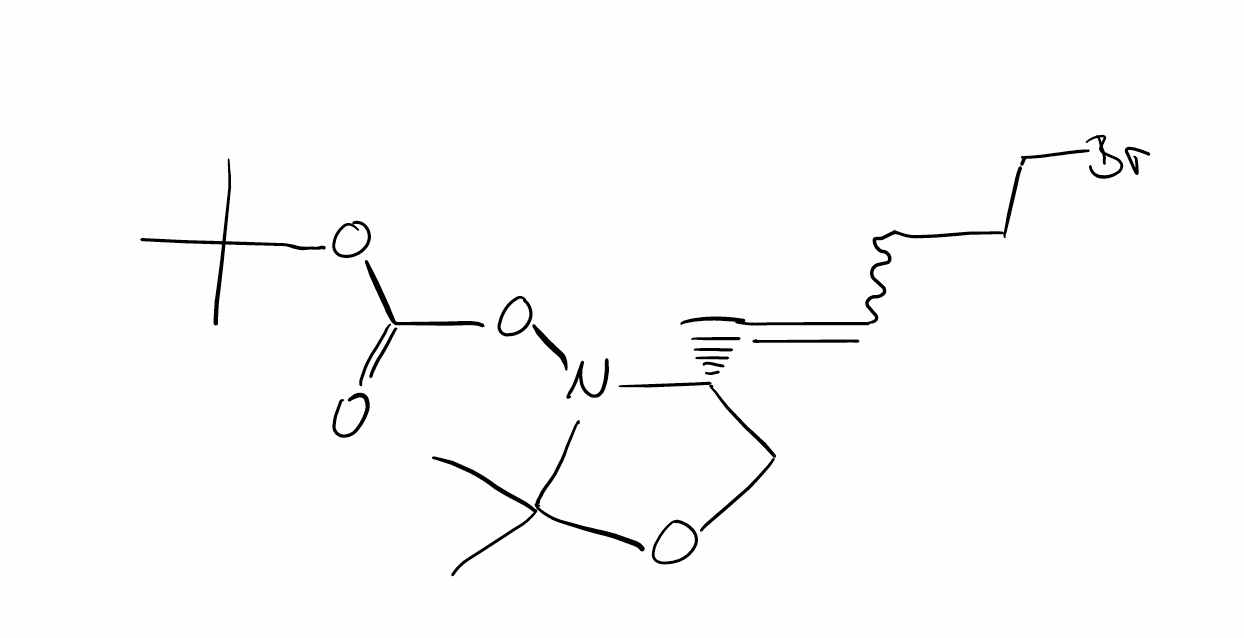
Simplified molecular-input line-entry system (SMILES) notation of the given molecule:
CC1(N([C@@H](CO1)C=CCCCBr)OC(=O)OC(C)(C)C)C